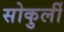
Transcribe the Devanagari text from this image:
सोकुर्ली